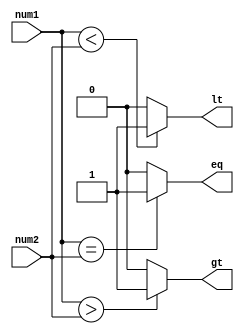
module unsigned_magnitude_comparator (
    input [7:0] num1,
    input [7:0] num2,
    output gt,
    output lt,
    output eq
);

assign gt = (num1 > num2) ? 1 : 0;
assign lt = (num1 < num2) ? 1 : 0;
assign eq = (num1 == num2) ? 1 : 0;

endmodule